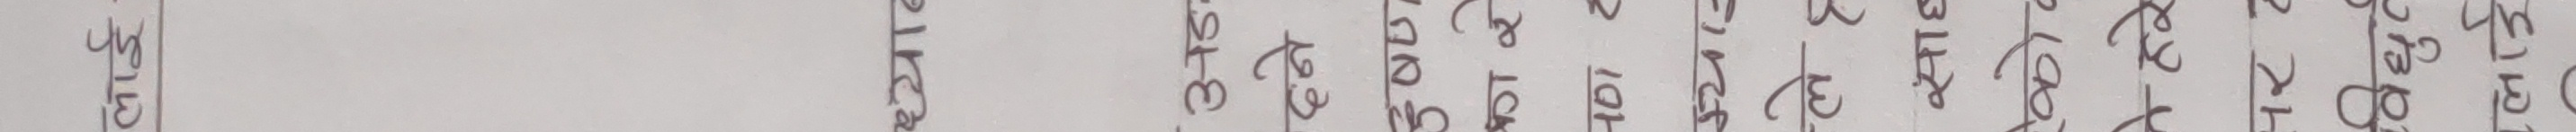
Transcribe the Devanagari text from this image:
लाई-
ध्यान
अड
दने
दुषण
कार
लेह
साह
को
ने हरे
पर ह
विद्यु
लाई